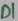
Text: DI